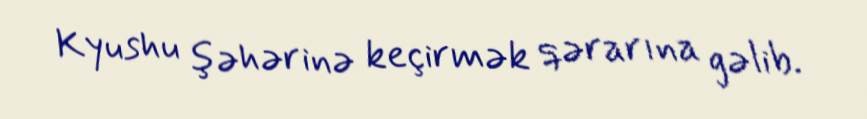
Kyushu şəhərinə keçirmək qərarına gəlib.